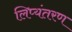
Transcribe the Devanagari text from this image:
लिप्‍यंतरण